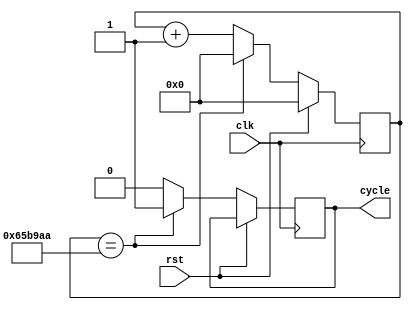
`define SYSTEM_CLOCK 100_000_000
`define CNT_DELAY (`SYSTEM_CLOCK/15)
// 1111111001010000001010101 - 25 bits

module delay (
    input wire clk,
    input wire rst,
    output reg cycle = 1'b0
);

// Declaration of internal registers
reg [26:0] cnt = 27'd0;

// Sequential logic
always @(posedge clk)
begin
    if (rst)
    begin
        cnt <= 27'd0;
    end
    else
    begin
        cycle <= 1'b0;
        cnt <= cnt + 1'b1;

        if(cnt == `CNT_DELAY)
        begin
            cycle <= 1'b1;
            cnt <= 27'd0;
        end
    end
end

endmodule